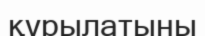
құрылатыны